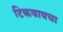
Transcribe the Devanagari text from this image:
टिकवायचा